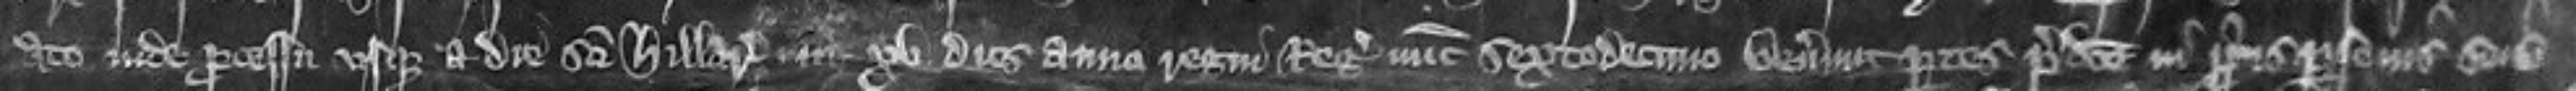
ato inde processu usque a die Sancti Hillarii in xv dies anno regni regis nunc sextodecimo venerunt partes predicte in propriis personis suis